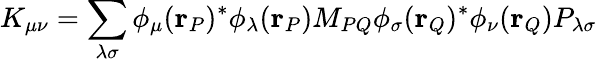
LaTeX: K_{\mu\nu}=\sum_{\lambda\sigma}\phi_{\mu}(\mathbf{r}_{P})^{*}\phi_{\lambda}(\mathbf{r}_{P})M_{PQ}\phi_{\sigma}(\mathbf{r}_{Q})^{*}\phi_{\nu}(\mathbf{r}_{Q})P_{\lambda\sigma}